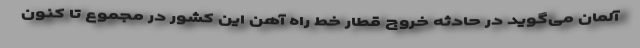
آلمان می‌گوید در حادثه خروج قطار خط راه آهن این کشور در مجموع تا کنون